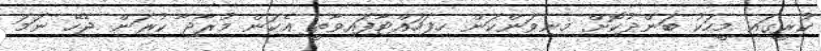
ކުރީގައި މީހަކު ބަންދުކޮށް މިނިވަންކަން ހިފަހައްޓާފައިވާތީ އެކަން މުރާޖާ ކުރަން ޖެހޭ ނަމަ